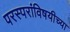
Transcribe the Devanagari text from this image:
परस्परांविषयीच्या